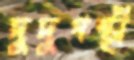
দুদুপন্থী